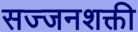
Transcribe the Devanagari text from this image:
सज्जनशक्ती